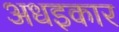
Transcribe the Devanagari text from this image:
अधइकार